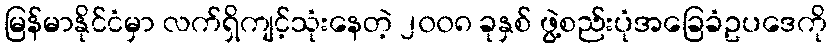
မြန်မာနိုင်ငံမှာ လက်ရှိကျင့်သုံးနေတဲ့ ၂၀၀၈ ခုနှစ် ဖွဲ့စည်းပုံအခြေခံဥပဒေကို